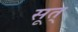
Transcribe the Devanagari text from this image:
सूत्